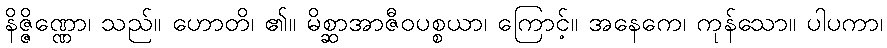
နိဇ္ဇိဏ္ဏော၊ သည်။ ဟောတိ၊ ၏။ မိစ္ဆာအာဇီဝပစ္စယာ၊ ကြောင့်။ အနေကေ၊ ကုန်သော။ ပါပကာ၊